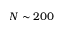
N \sim 2 0 0